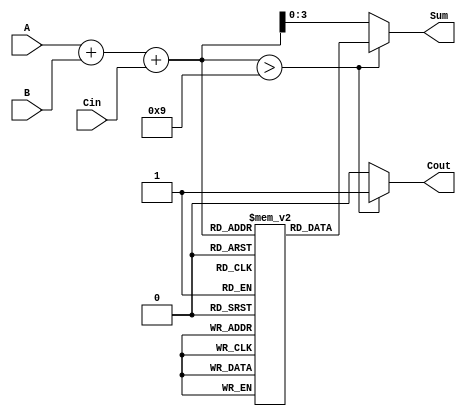
module BCD_LUT_Adder (
    input  wire [3:0] A,      // First BCD digit
    input  wire [3:0] B,      // Second BCD digit
    input  wire Cin,          // Carry input
    output reg  [3:0] Sum,    // BCD sum output
    output reg  Cout          // Carry output
);

    // Intermediate 5-bit sum for BCD addition
    wire [4:0] temp_sum;

    // Compute the binary sum of A, B, and Cin
    assign temp_sum = A + B + Cin;

    // Look-Up Table (LUT) for BCD correction
    reg [3:0] LUT[0:19]; // LUT to hold BCD results for sums 0 to 19

    // Initialize the LUT
    initial begin
        // Valid BCD values (0 to 9)
        LUT[0]  = 4'b0000; // 0
        LUT[1]  = 4'b0001; // 1
        LUT[2]  = 4'b0010; // 2
        LUT[3]  = 4'b0011; // 3
        LUT[4]  = 4'b0100; // 4
        LUT[5]  = 4'b0101; // 5
        LUT[6]  = 4'b0110; // 6
        LUT[7]  = 4'b0111; // 7
        LUT[8]  = 4'b1000; // 8
        LUT[9]  = 4'b1001; // 9

        // Invalid BCD values (10 to 19), apply correction (+6)
        LUT[10] = 4'b0000; // 10 - 6 = 4
        LUT[11] = 4'b0001; // 11 - 6 = 5
        LUT[12] = 4'b0010; // 12 - 6 = 6
        LUT[13] = 4'b0011; // 13 - 6 = 7
        LUT[14] = 4'b0100; // 14 - 6 = 8
        LUT[15] = 4'b0101; // 15 - 6 = 9
        LUT[16] = 4'b0110; // 16 - 6 = 10 (0 in BCD, Cout=1)
        LUT[17] = 4'b0111; // 17 - 6 = 11 (1 in BCD, Cout=1)
        LUT[18] = 4'b1000; // 18 - 6 = 12 (2 in BCD, Cout=1)
        LUT[19] = 4'b1001; // 19 - 6 = 13 (3 in BCD, Cout=1)
    end

    // Output the BCD sum and carry based on temp_sum
    always @(*) begin
        if (temp_sum > 9) begin
            Sum = LUT[temp_sum]; // Lookup correction
            Cout = 1'b1;         // Set carry output
        end else begin
            Sum = temp_sum[3:0]; // Valid BCD sum
            Cout = 1'b0;         // No carry output
        end
    end

endmodule